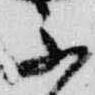
不